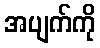
အပျက်ကို